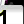
Digit: 1